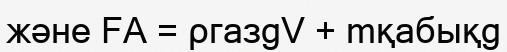
және FА = ρгазgV + mқабықg